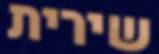
שירית